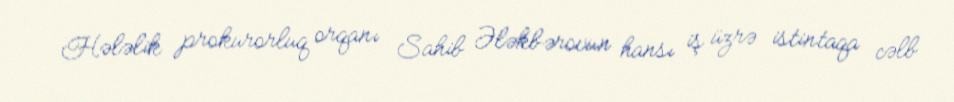
Hələlik prokurorluq orqanı Sahib Ələkbərovun hansı iş üzrə istintaqa cəlb